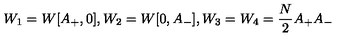
W _ { 1 } = W [ A _ { + } , 0 ] , W _ { 2 } = W [ 0 , A _ { - } ] , W _ { 3 } = W _ { 4 } = { \frac { N } { 2 } } A _ { + } A _ { - }